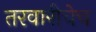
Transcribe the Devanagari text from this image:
तरवारीचेच